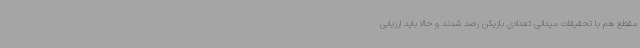
مقطع هم با تحقیقات میدانی تعدادی بازیکن رصد شدند و حالا باید ارزیابی